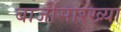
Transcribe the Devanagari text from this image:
बाजींसारख्या